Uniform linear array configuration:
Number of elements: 32
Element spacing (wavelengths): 0.75
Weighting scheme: uniform
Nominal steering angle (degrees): -15
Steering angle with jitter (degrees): -16.489
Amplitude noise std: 0.05
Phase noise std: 0.05

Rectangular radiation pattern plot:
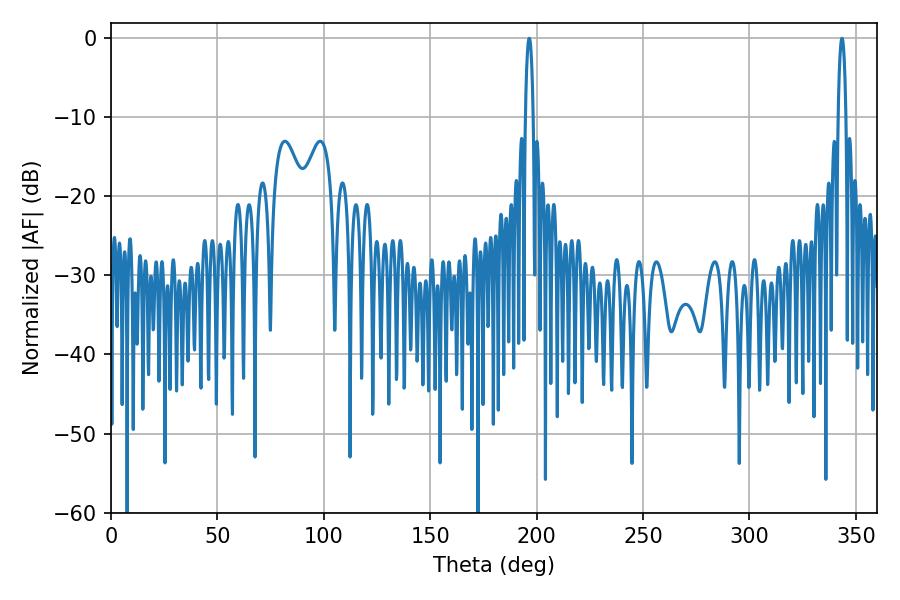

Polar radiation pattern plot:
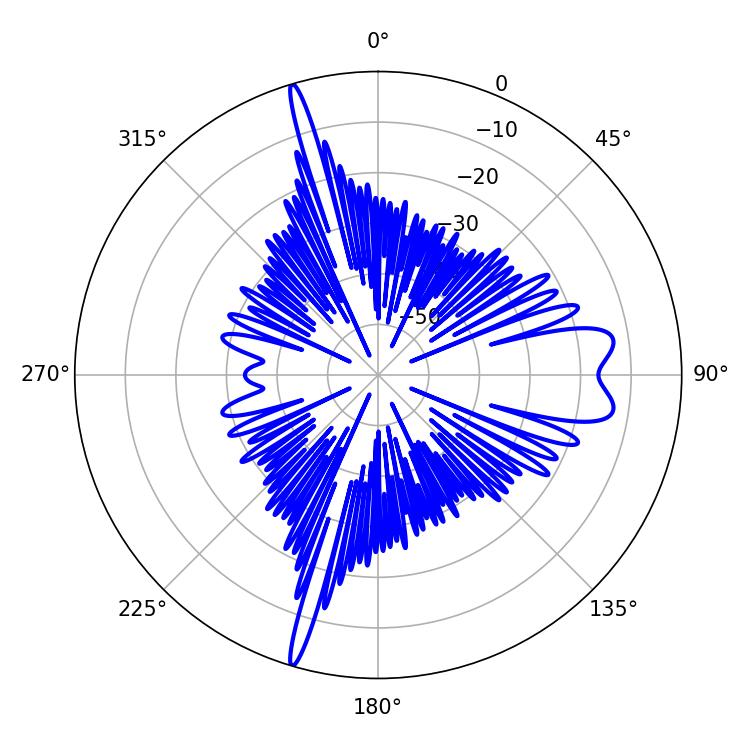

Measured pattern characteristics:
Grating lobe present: TRUE
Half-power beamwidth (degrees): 1.98
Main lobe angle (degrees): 343.44